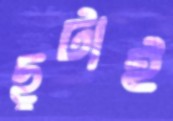
ছুটাই